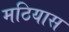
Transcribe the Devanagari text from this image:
मठियास